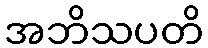
အဘိသပတိ